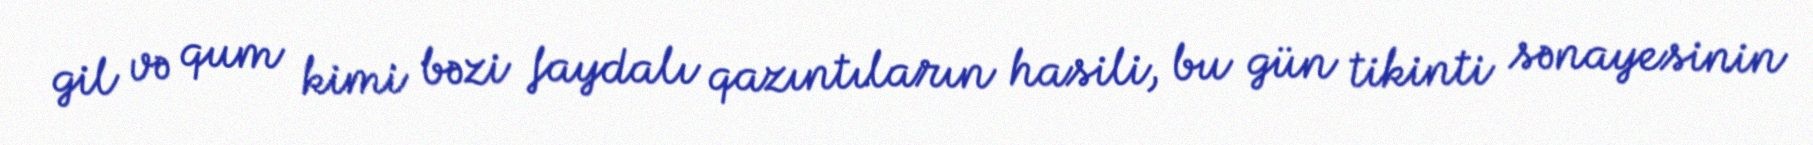
gil və qum kimi bəzi faydalı qazıntıların hasili, bu gün tikinti sənayesinin